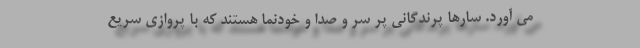
می آورد. سارها پرندگانی پر سر و صدا و خودنما هستند که با پروازی سریع